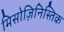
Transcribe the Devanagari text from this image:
मिसोज़िनिस्तिक